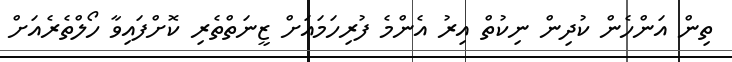
ތިން އަންހެން ކުދިން ނިކުތް އިރު އެންމެ ފުރިހަމައަށް ޒީނަތްތެރި ކޮށްފައިވާ ހޯލްތެރެއަށް